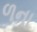
ળના